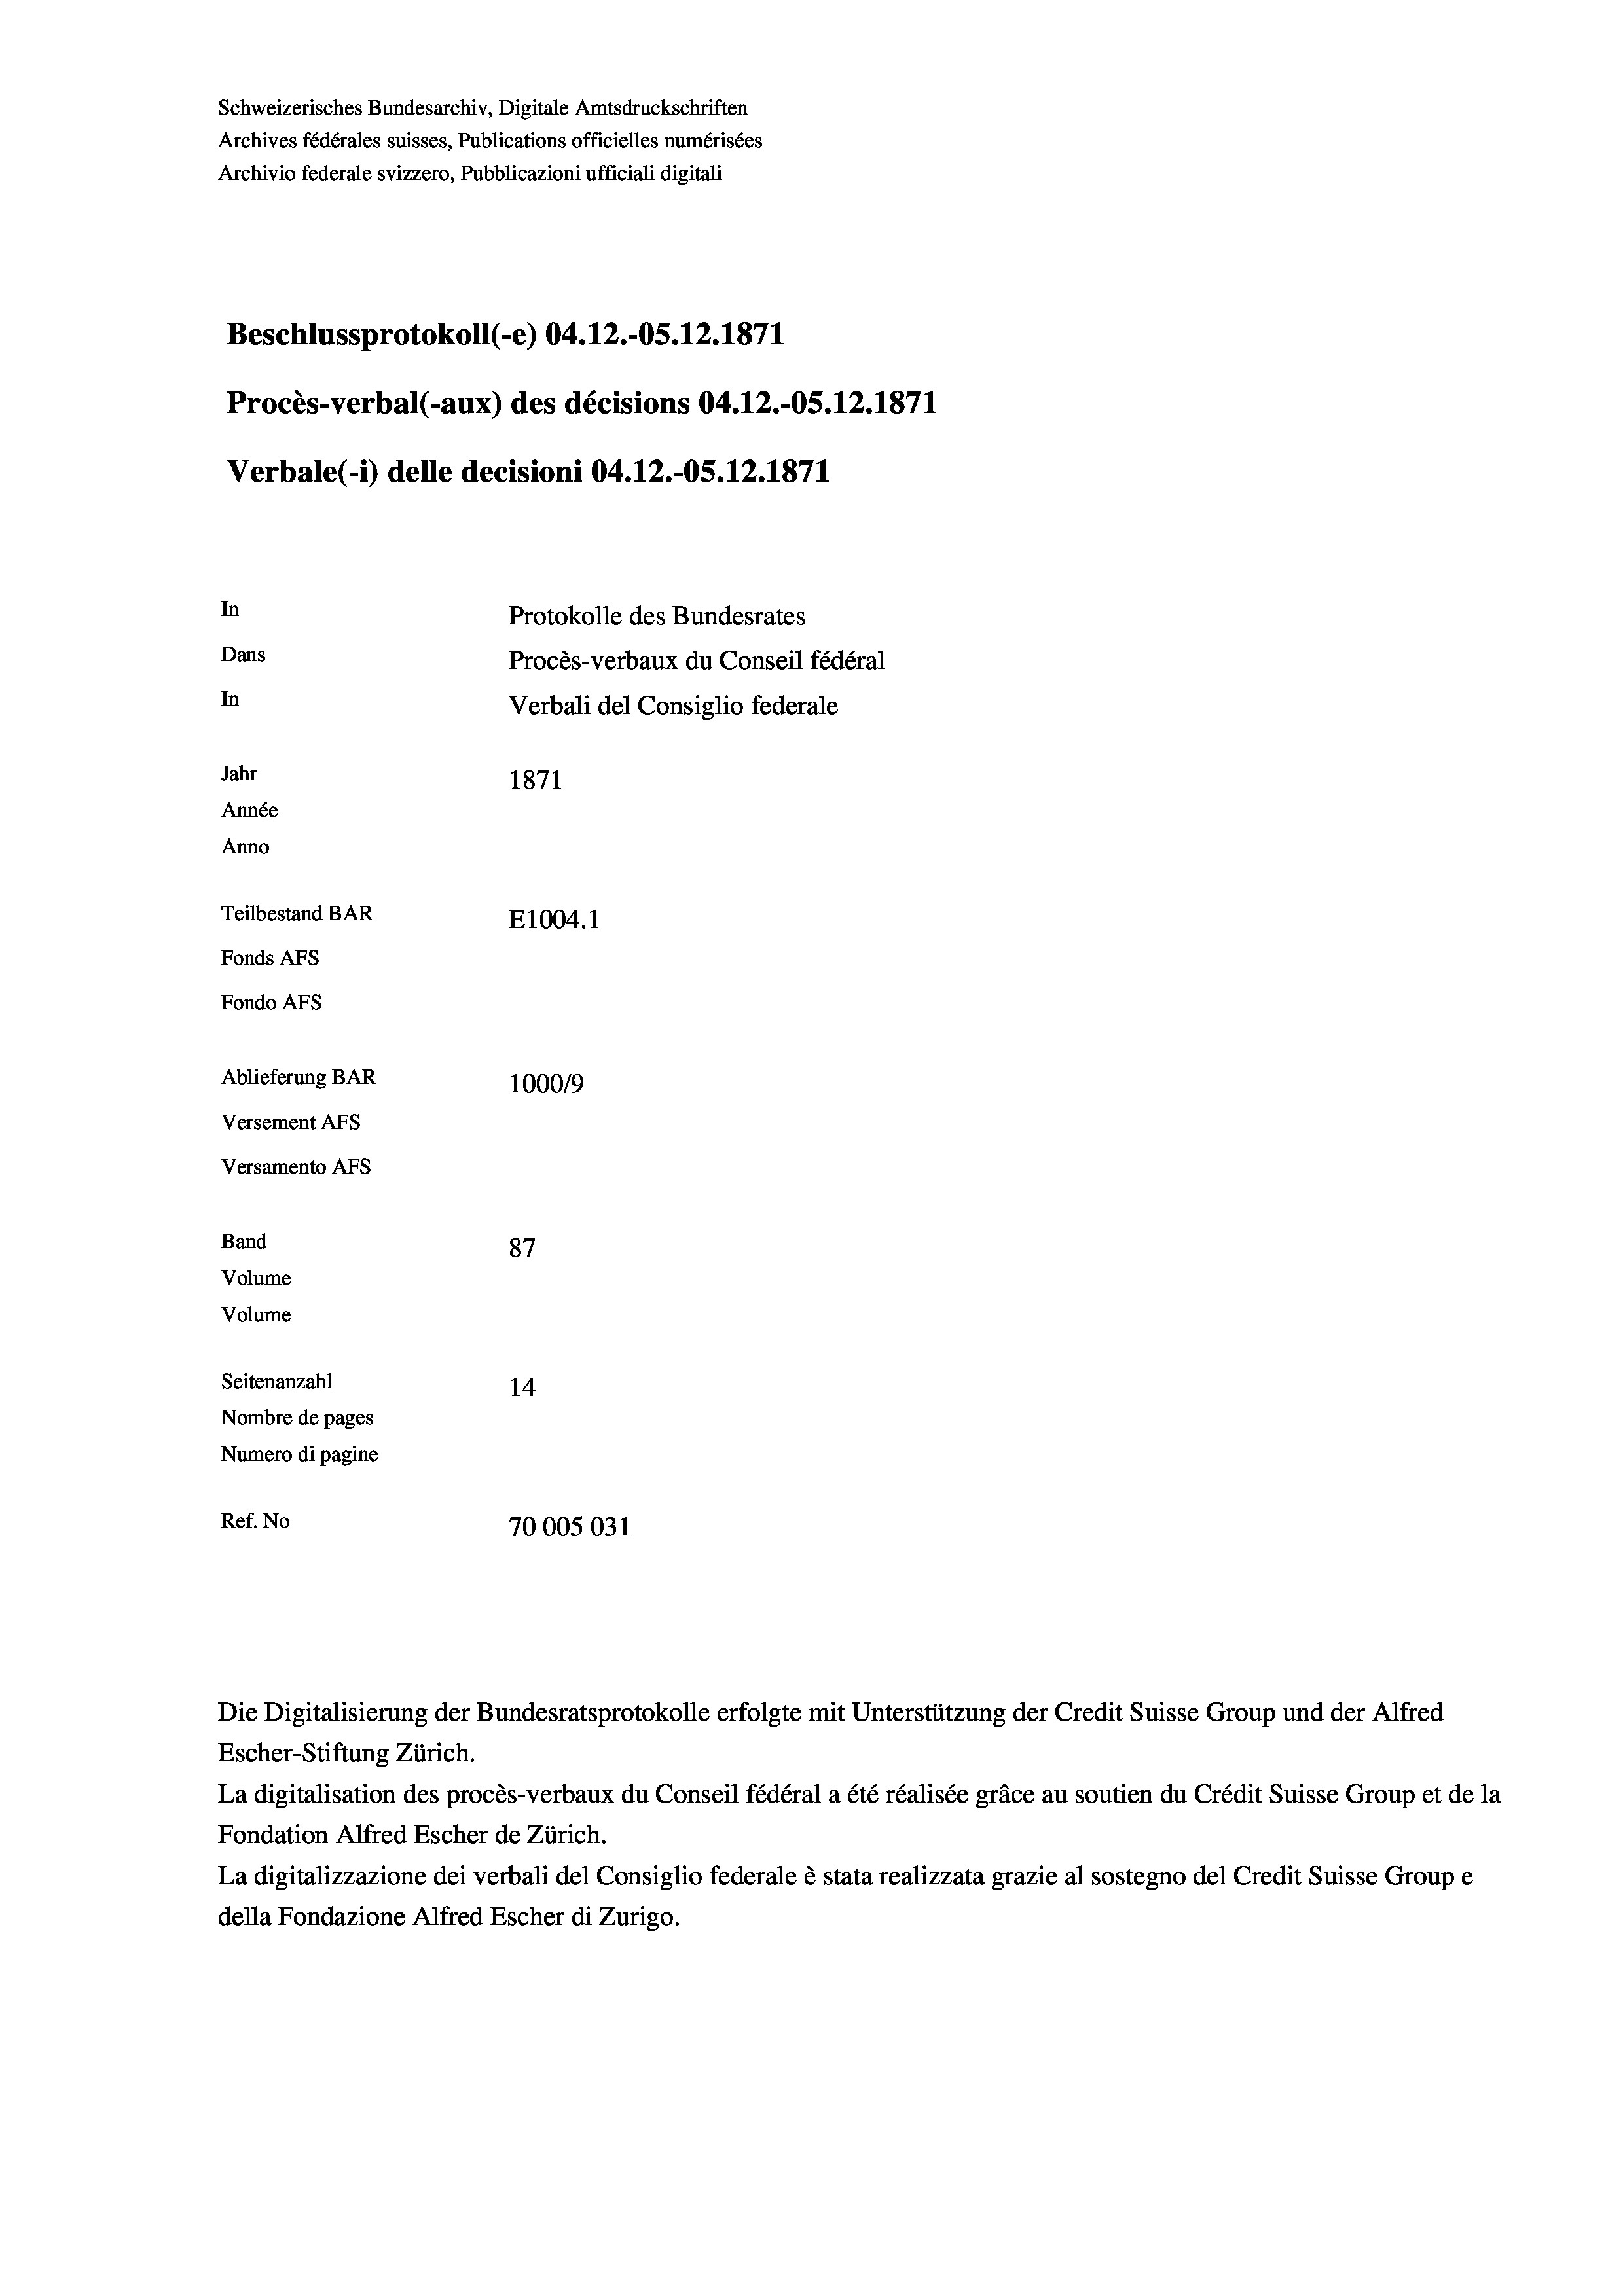
Schweizerisches Bundesarchiv, Digitale Amtsdruckschriften
Archives fédérales suisses, Publications officielles numérisées
Archivio federale svizzero, Pubblicazioni ufficiali digitali
Beschlussprotokoll (-e) 04.12.-OS.12.1871
Procès-verbal (-aux) des décisions 04.12.-OS.12.1871
Verbale(-*) delle decisioni 04.12.-OS. 12. 1871
In
Protokolle des Bundesrates
Dans
Procès-verbaux du Conseil fédéral
In
Verbali del Consiglio federale
Jahr
1871
Année
Anno
Teilbestand BAR
E1004. 1
Fonds Afs
Fondo AFS
Ablieferung BAR
100019
Versement AFs
Versamento AFs

87
14
Nombre de pages
Numero di pagine
Ref. No
70005031

Band
Volume

Volume
Seitenanzahl

Escher-Stiftung Zürich.
La digitalisation des procès-verbaux du Conseil fédéral a été réalisée gräce au soutien du Crédit Suisse Group et de la
Fondation Alfred Escher de Zürich.
La digitalizzazione dei verbali del Consiglio federale è stata realizzata grazie al sostegno del Credit Suisse Groupe
della Fondazione Alfred Escher di Zurigo.

Die Digitalisierung der Bundesratsprotokolle erfolgte mit Unterstützung der Credit Suisse Group und der Alfred